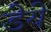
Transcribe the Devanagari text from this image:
डेये